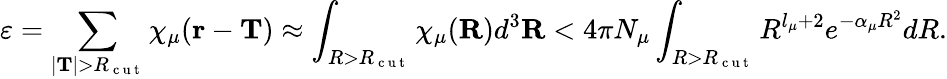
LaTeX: \varepsilon=\sum_{|\mathbf{T}|>R_{\mathrm{~c~u~t~}}}\chi_{\mu}(\mathbf{r}-\mathbf{T})\approx\int_{R>R_{\mathrm{~c~u~t~}}}\chi_{\mu}(\mathbf{R})d^{3}\mathbf{R}<4\pi N_{\mu}\int_{R>R_{\mathrm{~c~u~t~}}}R^{l_{\mu}+2}e^{-\alpha_{\mu}R^{2}}dR.